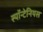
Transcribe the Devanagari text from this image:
स्पॉन्टेनियस